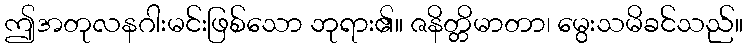
ဤအတုလနဂါးမင်းဖြစ်သော ဘုရား၏။ ဇနိတ္တိမာတာ၊ မွေးသမိခင်သည်။